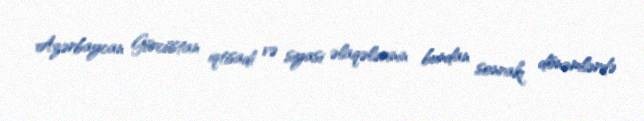
Azərbaycan Gürcüstan iqtisadi və siyasi əlaqələrinin bundan sonrakı dönəmlərdə